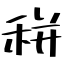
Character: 𥞩